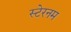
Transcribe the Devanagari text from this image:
स्टेरनम